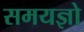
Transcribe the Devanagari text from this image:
समयज्ञो